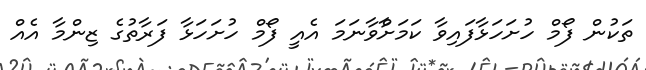
ތަކުން ފޯމް ހުށަހަޅާފައިވާ ކަމަށާްވާނަމަ އެއީ ފޯމް ހުށަހަޅާ ފަރާތުގެ ޒިންމާ އެއް